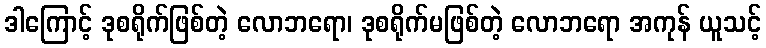
ဒါကြောင့် ဒုစရိုက်ဖြစ်တဲ့ လောဘရော၊ ဒုစရိုက်မဖြစ်တဲ့ လောဘရော အကုန် ယူသင့်